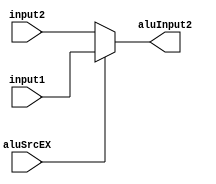
`timescale 1ns / 1ps
//////////////////////////////////////////////////////////////////////////////////
// Company: 
// Engineer: 
// 
// Design Name: 
// Module Name: mux_alu
// Project Name: 
// Target Devices: 
// Tool Versions: 
// Description: 
// 
// Dependencies: 
// 
// Revision:
// Revision 0.01 - File Created
// Additional Comments:
// 
//////////////////////////////////////////////////////////////////////////////////


module mux_alu(
    input aluSrcEX,
    input [31:0] input1,
    input [31:0] input2,
    output reg [31:0] aluInput2
    );
    initial aluInput2=0;
    
    always @ (aluSrcEX or input1 or input2)
    begin
        aluInput2=aluSrcEX ? input1:input2;
    end
    
endmodule